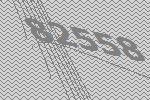
82558